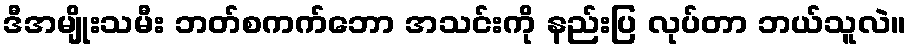
ဒီအမျိုးသမီး ဘတ်စကက်ဘော အသင်းကို နည်းပြ လုပ်တာ ဘယ်သူလဲ။